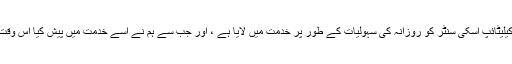
"ہم نے گذشتہ سردیوں کے موسم میں کیلیٹائپ اسکی سنٹر کو روزانہ کی سہولیات کے طور پر خدمت میں لایا ہے ، اور جب سے ہم نے اسے خدمت میں پیش کیا اس وقت سے ہی اس کی بہت زیادہ مانگ ہے۔